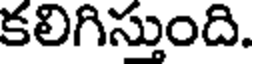
కలిగిస్తుంది.